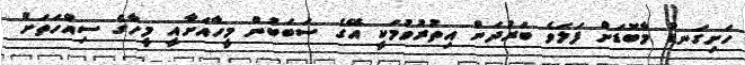
ހަށިގަނޑު މާބޮޑަށް ފަލަވެ ބަރުދަން އިތުރުވުމަކީ އޭގެ ސަބަބުން މީހާއަށާއީ މީހާގެ ސިއްހަތަށް